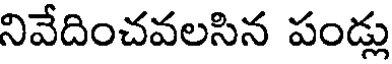
నివేదించవలసిన పండ్లు